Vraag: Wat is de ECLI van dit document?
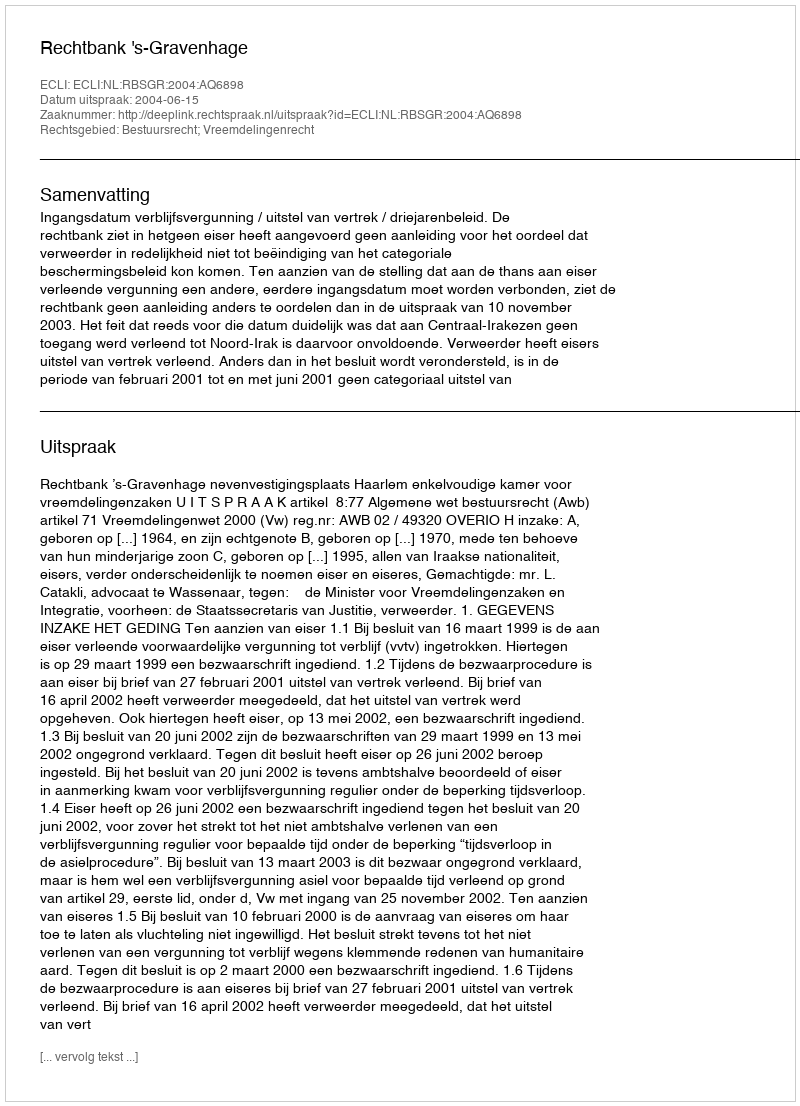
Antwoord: ECLI:NL:RBSGR:2004:AQ6898